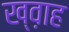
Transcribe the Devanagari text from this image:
ख्व़ाह